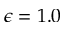
\epsilon = 1 . 0